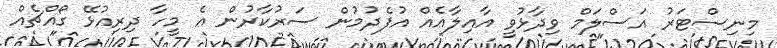
މިނިސްޓަރު އަސްލަމް ވިދާޅުވީ އާއިލާއެއް އުފެދުމުން ސަރުކާރުން އެ މީހާ ދިރިއުޅޭ ގޯއްޗެއް